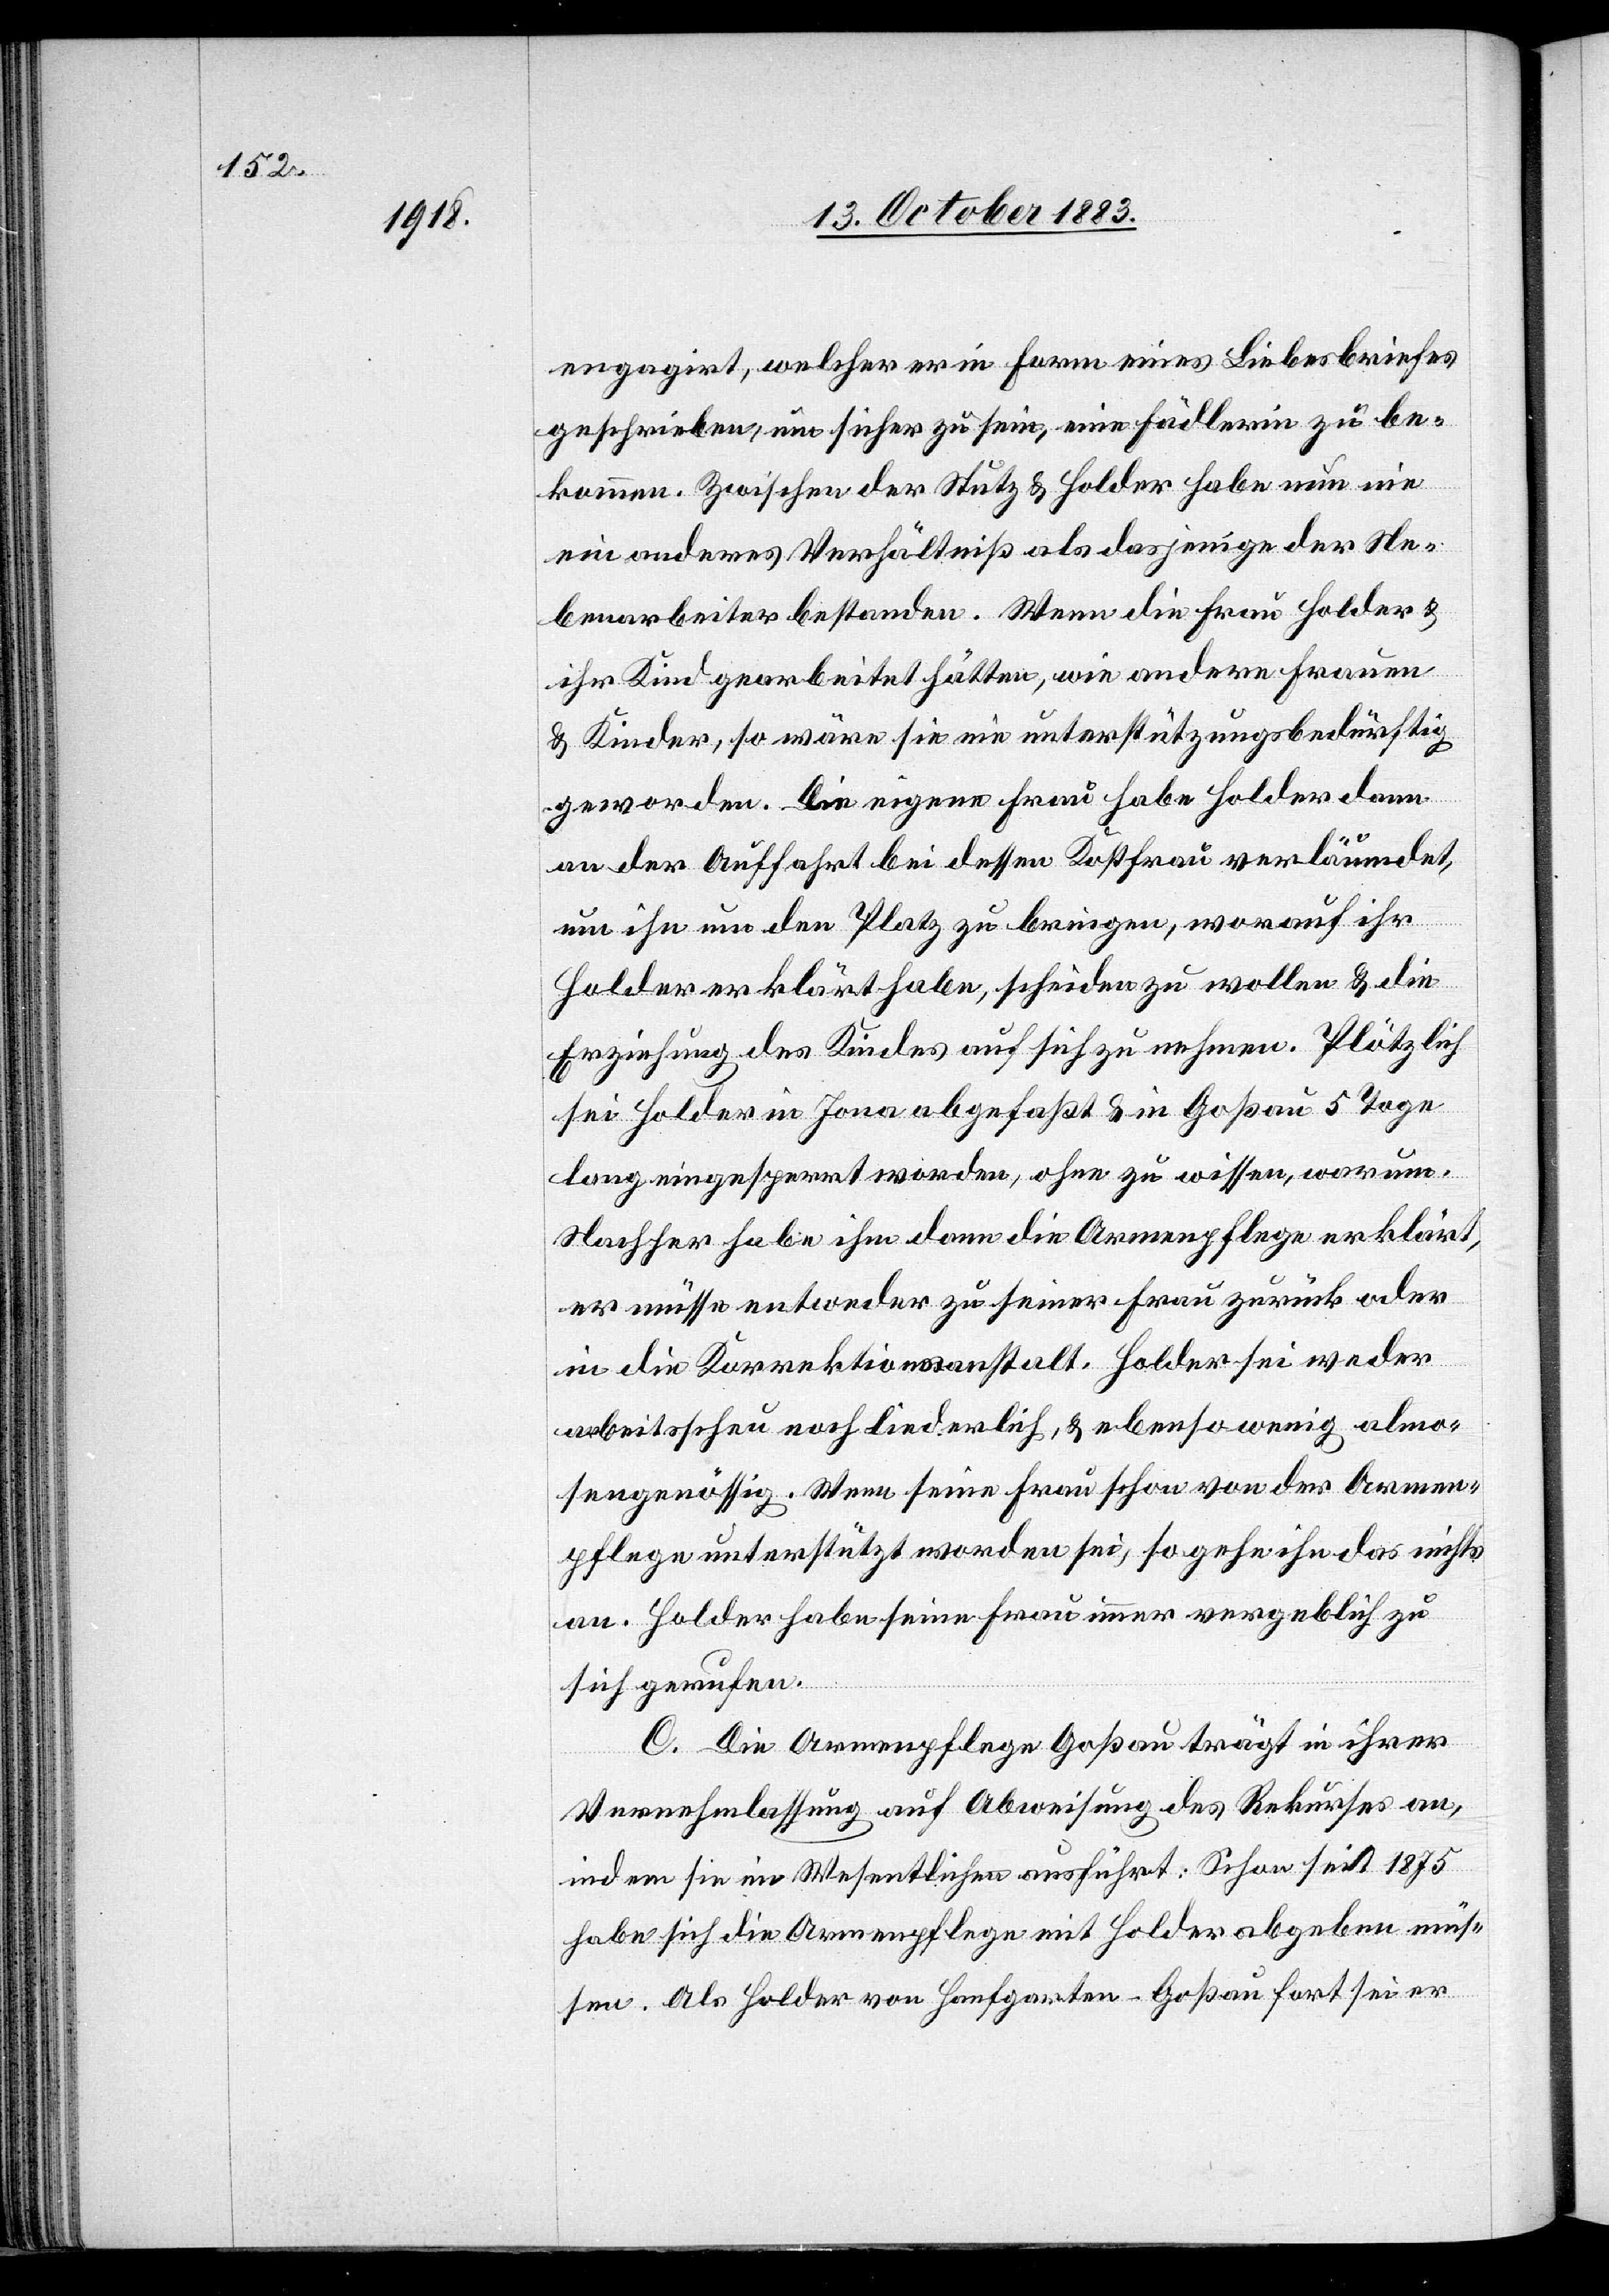
engagirt, welcher er in Form eines Liebesbriefes
geschrieben, um sicher zu sein, eine Fädlerin zu be¬
kommen. Zwischen der Stutz & Holder habe nun nie
ein anderes Verhältniß als dasjenige der Ne¬
benarbeiter bestanden. Wenn die Frau Holder &
ihr Kind gearbeitet hätten, wie andere Frauen
& Kinder, so wäre sie nie unterstützungsbedürftig
geworden. Die eigene Frau habe Holder dann
an der Auffahrt bei dessen Kostfrau verläumdet,
um ihn um den Platz zu bringen, worauf ihr
Holder erklärt habe, scheiden zu wollen & die
Erziehung des Kindes auf sich zu nehmen. Plötzlich
sei Holder in Jona abgefaßt & in Goßau 5 Tage
lang eigesperrt worden, ohne zu wissen, warum.
Nachher habe ihm dann die Armenpflege erklärt,
er müsse entweder zu seiner Frau zurück oder
in die Korrektionsanstalt. Holder sei weder
arbeitsscheu noch liederlich, & ebensowenig almo¬
sengenössig. Wenn seine Frau schon von der Armen¬
pflege unterstützt worden sei, so gehe ihn das nichts
an. Holder habe seine Frau immer vergeblich zu
sich gerufen.
C. Die Armenpflege Goßau trägt in ihrer
Vernehmlassung auf Abweisung des Rekurses an,
indem sie im Wesentlichen ausführt: Schon seit 1875
habe sich die Armenpflege mit Holder abgeben müs¬
sen. Als Holder von Hanfgarten - Goßau fort sei er